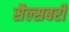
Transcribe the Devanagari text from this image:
सैल्सबरी